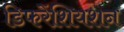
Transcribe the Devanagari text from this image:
डिफरेंशियशन